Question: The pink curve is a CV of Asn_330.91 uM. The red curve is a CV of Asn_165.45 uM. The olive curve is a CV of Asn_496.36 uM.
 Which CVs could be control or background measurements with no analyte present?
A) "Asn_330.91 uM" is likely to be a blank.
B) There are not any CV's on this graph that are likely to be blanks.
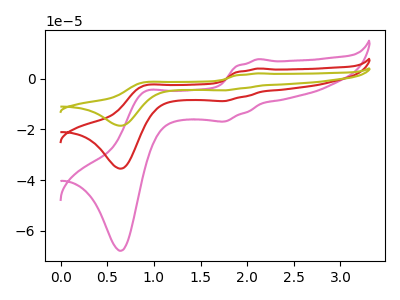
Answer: <think>The pink curve "Asn_330.91 uM" has anodic peaks at (2.10V, 7.70uA) (0.90V, -5.10uA) and cathodic peaks at (1.75V, -16.90uA) (0.65V, -67.90uA). The red curve "Asn_165.45 uM" has anodic peaks at (2.10V, 4.05uA) (0.90V, -2.65uA) and cathodic peaks at (1.75V, -8.85uA) (0.65V, -35.50uA). The olive curve "Asn_496.36 uM" has anodic peaks at (2.10V, 8.05uA) (0.90V, -5.35uA) and cathodic peaks at (1.75V, -17.65uA) (0.65V, -71.00uA).</think>
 <answer>B) There are not any CV's on this graph that are likely to be blanks.</answer>
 <eval>B</eval>